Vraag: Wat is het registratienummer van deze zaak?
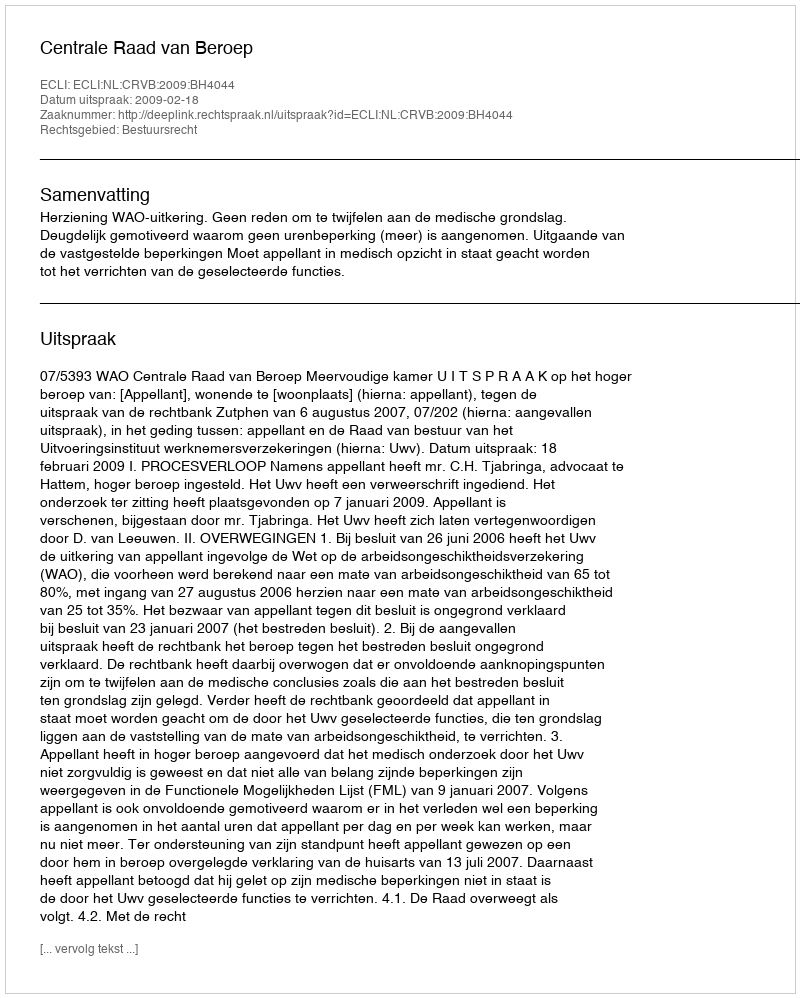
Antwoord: http://deeplink.rechtspraak.nl/uitspraak?id=ECLI:NL:CRVB:2009:BH4044